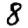
Digit: 8